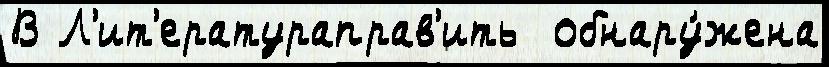
В Л'ит'ератураправ'ить  обнару́жена